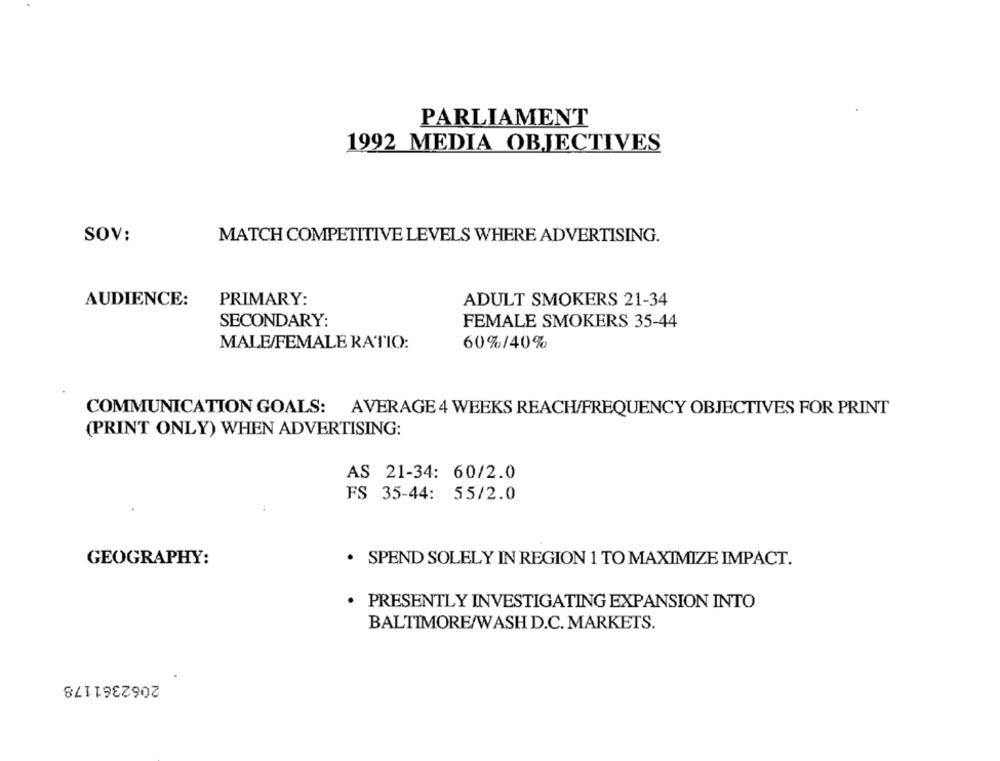
PARLIAMENT
1992 MEDIA OBJECTIVES
SOV:
MATCH COMPETITIVE LEVELS WHERE ADVERTISING.
AUDIENCE:
PRIMARY:
ADULT SMOKERS 21-34
SECONDARY:
FEMALE SMOKERS 35-44
MALE/FEMALE RATIO:
60%/40%
COMMUNICATION GOALS: AVERAGE 4 WEEKS REACH/FREQUENCY OBJECTIVES FOR PRINT
(PRINT ONLY) WHEN ADVERTISING:
AS 21-34: 60/2.0
FS 35-44: 55/2.0
:
GEOGRAPHY:
· SPEND SOLELY IN REGION 1 TO MAXIMIZE IMPACT.
PRESENTLY INVESTIGATING EXPANSION INTO
BALTIMORE/WASH D.C. MARKETS.
2062361178